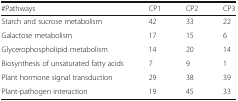
<table><thead><tr><td><b>#Pathways</b></td><td><b>CP1</b></td><td><b>CP2</b></td><td><b>CP3</b></td></tr></thead><tbody><tr><td>Starch and sucrose metabolism</td><td>42</td><td>33</td><td>22</td></tr><tr><td>Galactose metabolism</td><td>17</td><td>15</td><td>6</td></tr><tr><td>Glycerophospholipid metabolism</td><td>14</td><td>20</td><td>14</td></tr><tr><td>Biosynthesis of unsaturated fatty acids</td><td>7</td><td>9</td><td>1</td></tr><tr><td>Plant hormone signal transduction</td><td>29</td><td>38</td><td>39</td></tr><tr><td>Plant-pathogen interaction</td><td>19</td><td>45</td><td>33</td></tr></tbody></table>